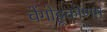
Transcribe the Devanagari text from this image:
चेंगोट्टूकोणम